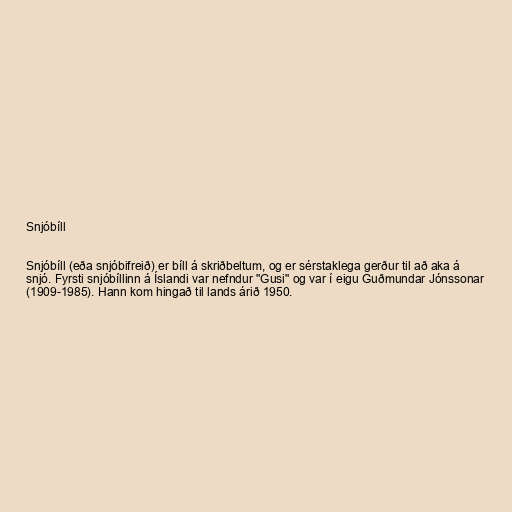
Snjóbíll

Snjóbíll (eða snjóbifreið) er bíll á skriðbeltum, og er sérstaklega gerður til að aka á
snjó. Fyrsti snjóbíllinn á Íslandi var nefndur "Gusi" og var í eigu Guðmundar Jónssonar
(1909-1985). Hann kom hingað til lands árið 1950.